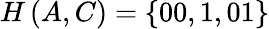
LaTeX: H\left(A,C\right)=\left\{ 00,1,01\right\}